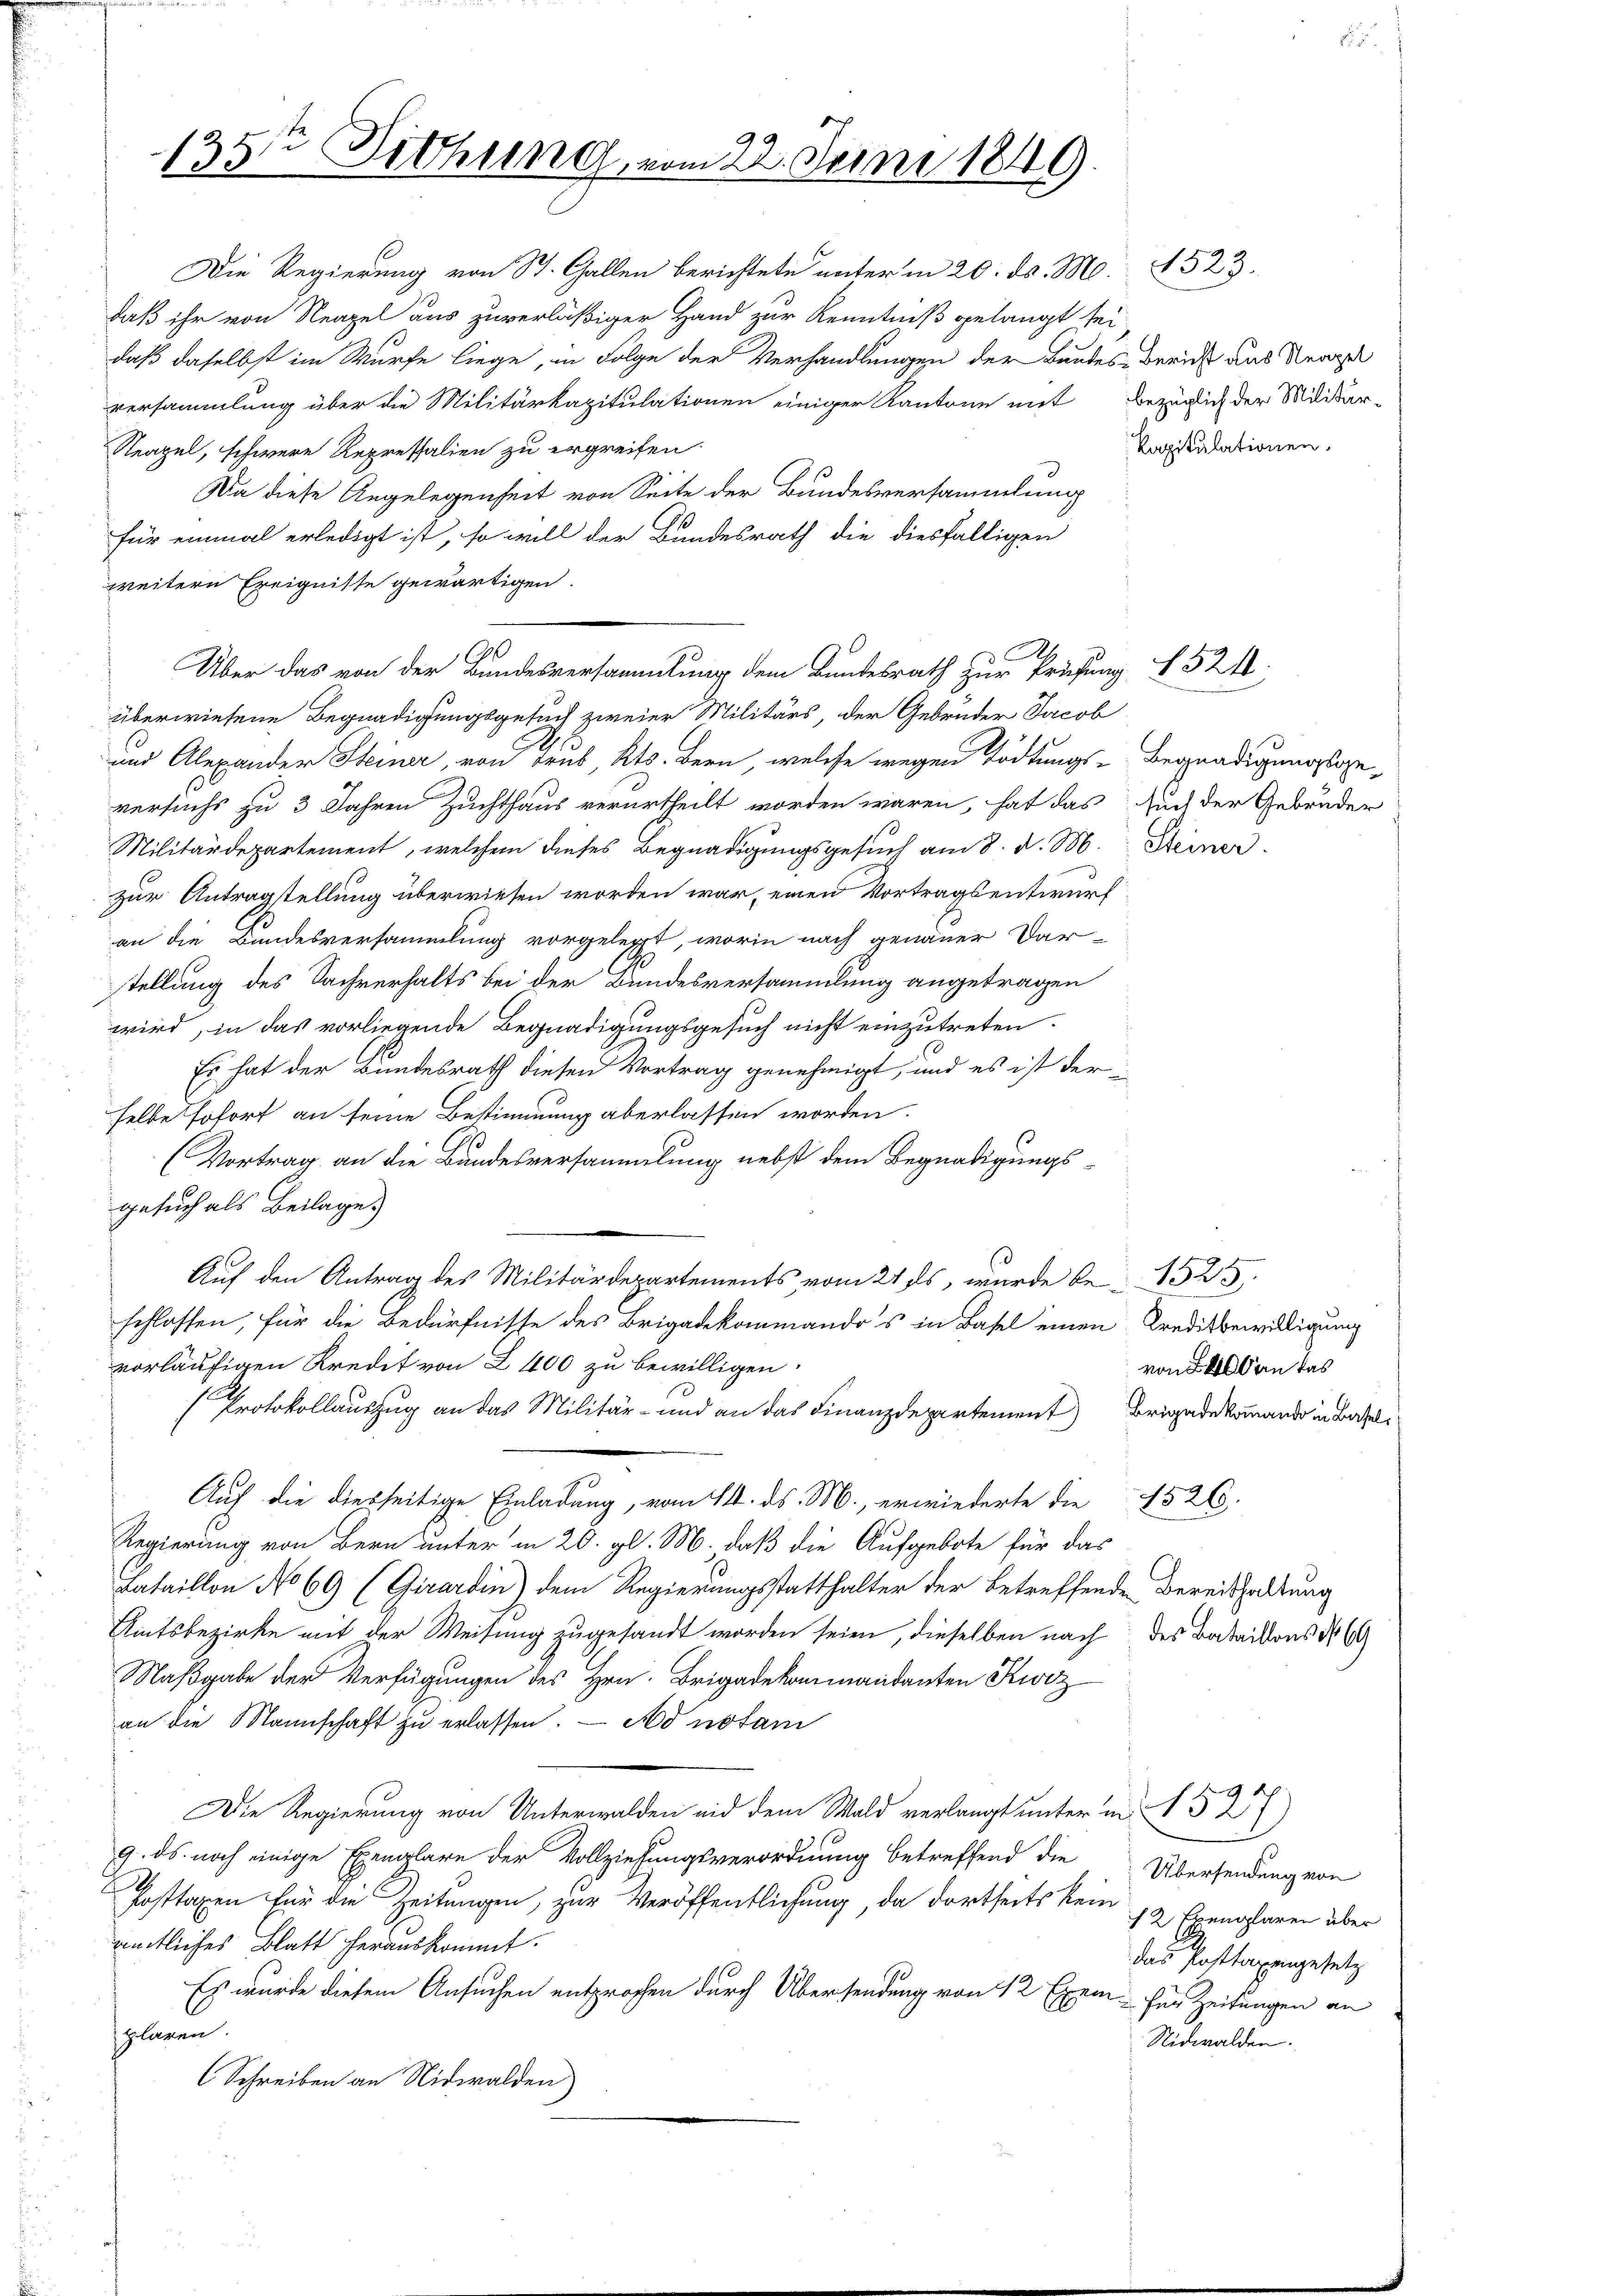
135te Sitzung, vom 22. Juni 1849

Die Regierung von St. Gallen berichtete unter in 20. ds. M. 4523.
daß ihr von Neapel aus zuverläßiger Hand zur Kenntniß gelangt sei
daß daselbst im Würfe liege, in Folge der Verhandlungen der Bundes-Bericht aus Ver
versammlung über die Militärkapitulationen einiger Kantone mit Bezüglich der Militar-
Steapel, schwere Repressalien zu ergreifen.
Da diese Angelegenheit von Seite der Bundesversammlung
für einmal erledigt ist, so will der Bundesrath die diesfälligen
weitern Ereignisse gewärtigen.
überwiesene Begnadigungsgesuch zweier Militärs, der Gebrüder Jacob
und Alexander Steiner, von Trus, Kts. Bern, welche wegen Tödtungs-Begnadigungsgeversuchs zu 3 Jahren Zuchthaus verurtheilt worden wären, hat das Auch der Gebrüder
Militärdepartement, welchem dieses Begnadigungsgesuch am 8. d. M. Steiner
zur Antragstellung überwiesen worden war, einen Vortragsentwurf
an die Bundesversammlung vorgelegt, worin nach genauer Dar-
stellung des Sachverhalts bei der Bundesversammlung angetragen
wird, in das vorliegende Begnadigungsgesuch nicht einzutreten.
Es hat der Bundesrath diesen Vortrag genehmigt, und es ist der
selbe sofort an seine Bestimmung aberlassen worden.
(Vortrag an die Bundesversammlung nebst dem Begnadigungs-
gesuch als Beilage.
Auf den Antrag des Militärdepartements vom 21. ds, wurde be- 1525
schlossen, für die Bedürfnisse des Brigadekommandos in Basel einen Kreditbewilligung
vorläufigen Kredit von 2400 zu bewilligen.
von 400 an das
Protokollauszug an das Militär- und an das Finanzdepartement Brigade kommand in Basi
Auf die diesseitige Einladung, vom 14. ds. M., erwiederte die 4526.
Regierung von Bern unter in 20. gl. M., daß die Aufgebote für das
Lataillon No 69 (Girardin) dem Regierungsstatthalter der betreffende Bereitshaltung
Amtsbezirke mit der Weisung zugesandt worden seien, dieselben nach des Bataillons No 69
Maßgabe der Verfügungen des Hrn. Brigadekommandanten Kurz
an die Mannschaft zŭ erlassen. — No notari
Ap
Die Regierung von Unterwalden eid dem Wald verlangt unter in 152)
9. ds noch einige Exemplare der Vollziehungsverordnung betreffend die Übersendung von
.
Posttaxen für die Zeitungen, zur Veröffentlichung, da dortseits kein 12 Exemplaren über
sämtliches Blatt herauskommt.
das Posttagengesetz
Es wurde diesem Ansuchen entsprochen durch Übersendung von 12 Exem- für Zeitungen an
plaren.
Nidwalden.
Schreiben an Nidwalden

A
Über das von der Bundesversammlung dem Bundesrath zur Prüfung § 52 f.

kapitulationen.